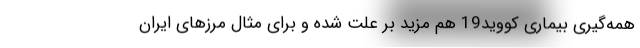
همه‌گیری بیماری کووید19 هم مزید بر علت شده و برای مثال مرزهای ایران